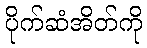
ပိုက်ဆံအိတ်ကို